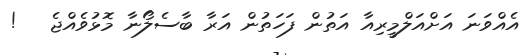
އެއްވަނަ އަށްއަލްމީރިއާ އަތުން ފަހަތުން އަރާ ބާސެލޯނާ މޮޅުވެއްޖެ   !